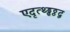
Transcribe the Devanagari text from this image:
एदृत्थ्ड्ढठ्ठद्व